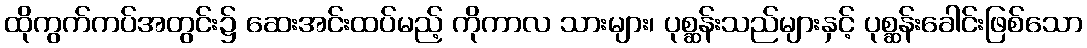
ထိုကွက်ကပ်အတွင်း၌ ဆေးအင်းထပ်မည့် ကိုကာလ သားများ၊ ပုစ္ဆန်းသည်များနှင့် ပုစ္ဆန်းခေါင်းဖြစ်သော